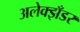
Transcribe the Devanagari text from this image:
अलेक्झँडर